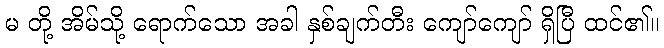
မ တို့ အိမ်သို့ ရောက်သော အခါ နှစ်ချက်တီး ကျော်ကျော် ရှိပြီ ထင်၏။